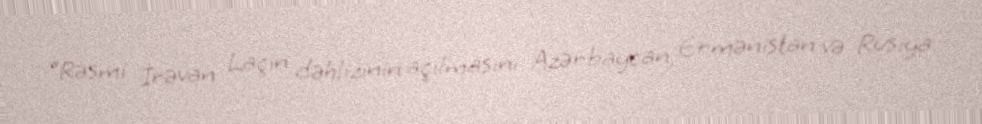
“Rəsmi İrəvan Laçın dəhlizinin açılmasını Azərbaycan, Ermənistan və Rusiya